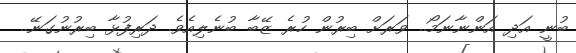
ބުނީ އަދި އަންނާނަމޯ.. ވަރަށް ބިރުން ހުރެ ޒޭބާ ބުނެލިއެވެ. ދަރިފުޅާ ބިރުނުގަނޭ..